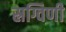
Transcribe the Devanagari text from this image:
स्रग्विणी